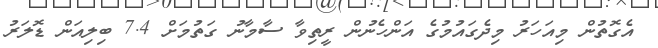
އެގޮތުން މިއަހަރު މިދެގައުމުގެ އަންހެނުން ރީތިވާ ސާމާނު ގަތުމަށް 7.4 ބިލިއަން ޑޮލަރު